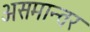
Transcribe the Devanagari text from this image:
असमान्तर